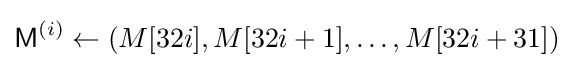
{\textsf {M}}^{(i)}\leftarrow (M[32i],M[32i+1],\ldots ,M[32i+31])